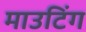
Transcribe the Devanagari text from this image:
माउटिंग